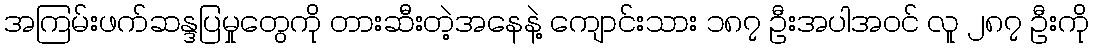
အကြမ်းဖက်ဆန္ဒပြမှုတွေကို တားဆီးတဲ့အနေနဲ့ ကျောင်းသား ၁၈၇ ဦးအပါအဝင် လူ ၂၈၇ ဦးကို